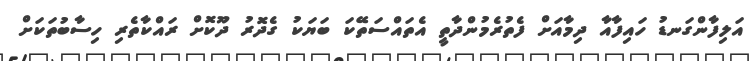
އަލިފާންގަނޑު ހައިފާއާ ދިމާއަށް ފެތުރެމުންދާތީ އެތައްސަތޭކަ ބަޔަކު ގެދޮރު ދޫކޮށް ރައްކާތެރި ހިސާބުތަކަށް